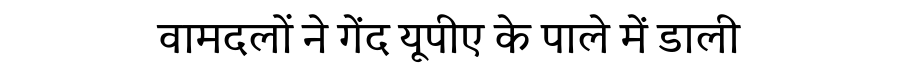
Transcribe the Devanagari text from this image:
वामदलों ने गेंद यूपीए के पाले में डाली